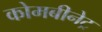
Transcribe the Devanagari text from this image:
कोमबीनेट्र